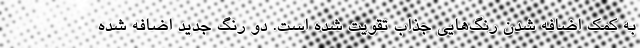
به کمک اضافه شدن رنگ‌هایی جذاب تقویت شده است. دو رنگ جدید اضافه شده